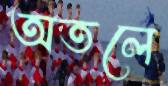
অতলে